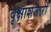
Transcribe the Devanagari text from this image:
वृक्षाशेजारी